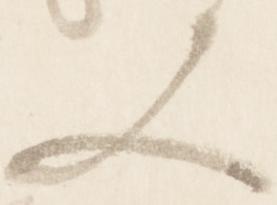
又